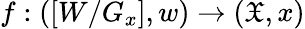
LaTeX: f:([W/G_{x}],w)\to({\mathfrak{X}},x)